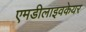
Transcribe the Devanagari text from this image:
एमडीलाइवकेयर